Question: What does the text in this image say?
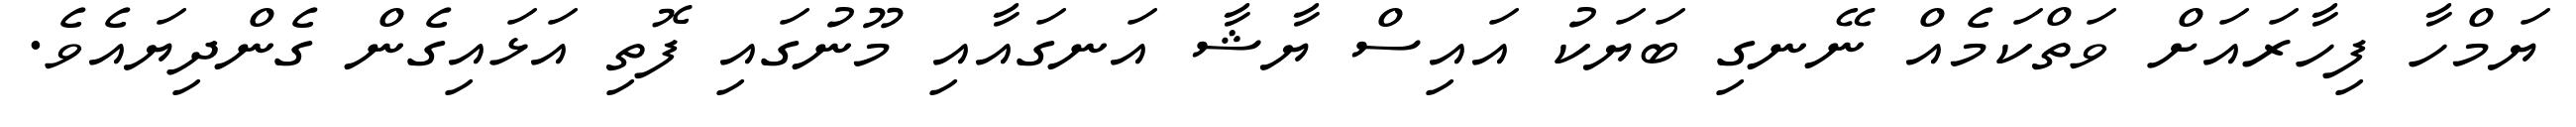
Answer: ޔަމްހާ ފިހާރައަށް ވަތްކަމެއް ނޭނގި ބަޔަކު އައިސް ޔާޝާ އަނގައާއި މޫނުގައި ފޮތި އަޅައިގެން ގެންދިޔައެވެ.